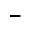
-